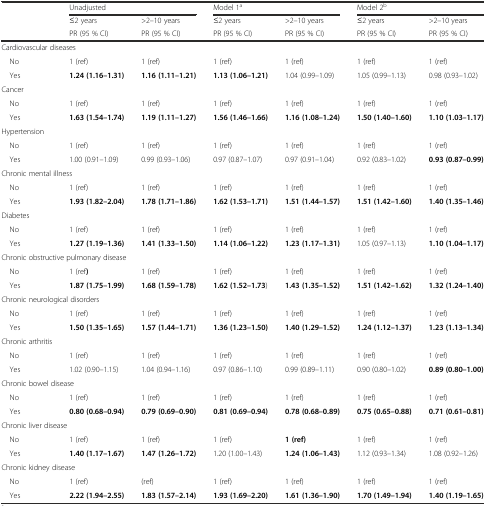
<table><thead><tr><td></td><td colspan="2"><b>Unadjusted</b></td><td colspan="2"><b>Model 1<sup>a</sup></b></td><td colspan="2"><b>Model 2<sup>b</sup></b></td></tr><tr><td></td><td><b>≤2 years</b></td><td><b>&gt;2–10 years</b></td><td><b>≤2 years</b></td><td><b>&gt;2–10 years</b></td><td><b>≤2 years</b></td><td><b>&gt;2–10 years</b></td></tr><tr><td></td><td><b>PR (95 % CI)</b></td><td><b>PR (95 % CI)</b></td><td><b>PR (95 % CI)</b></td><td><b>PR (95 % CI)</b></td><td><b>PR (95 % CI)</b></td><td><b>PR (95 % CI)</b></td></tr></thead><tbody><tr><td colspan="2">Cardiovascular diseases</td><td></td><td></td><td></td><td></td><td></td></tr><tr><td> No</td><td>1 (ref)</td><td>1 (ref)</td><td>1 (ref)</td><td>1 (ref)</td><td>1 (ref)</td><td>1 (ref)</td></tr><tr><td> Yes</td><td><b>1.24 (1.16–1.31)</b></td><td><b>1.16 (1.11–1.21)</b></td><td><b>1.13 (1.06–1.21)</b></td><td>1.04 (0.99–1.09)</td><td>1.05 (0.99–1.13)</td><td>0.98 (0.93–1.02)</td></tr><tr><td colspan="2">Cancer</td><td></td><td></td><td></td><td></td><td></td></tr><tr><td> No</td><td>1 (ref)</td><td>1 (ref)</td><td>1 (ref)</td><td>1 (ref)</td><td>1 (ref)</td><td>1 (ref)</td></tr><tr><td> Yes</td><td><b>1.63 (1.54–1.74)</b></td><td><b>1.19 (1.11–1.27)</b></td><td><b>1.56 (1.46–1.66)</b></td><td><b>1.16 (1.08–1.24)</b></td><td><b>1.50 (1.40–1.60)</b></td><td><b>1.10 (1.03–1.17)</b></td></tr><tr><td colspan="2">Hypertension</td><td></td><td></td><td></td><td></td><td></td></tr><tr><td> No</td><td>1 (ref)</td><td>1 (ref)</td><td>1 (ref)</td><td>1 (ref)</td><td>1 (ref)</td><td>1 (ref)</td></tr><tr><td> Yes</td><td>1.00 (0.91–1.09)</td><td>0.99 (0.93–1.06)</td><td>0.97 (0.87–1.07)</td><td>0.97 (0.91–1.04)</td><td>0.92 (0.83–1.02)</td><td><b>0.93 (0.87–0.99)</b></td></tr><tr><td colspan="2">Chronic mental illness</td><td></td><td></td><td></td><td></td><td></td></tr><tr><td> No</td><td>1 (ref)</td><td>1 (ref)</td><td>1 (ref)</td><td>1 (ref)</td><td>1 (ref)</td><td>1 (ref)</td></tr><tr><td> Yes</td><td><b>1.93 (1.82–2.04)</b></td><td><b>1.78 (1.71–1.86)</b></td><td><b>1.62 (1.53–1.71)</b></td><td><b>1.51 (1.44–1.57)</b></td><td><b>1.51 (1.42–1.60)</b></td><td><b>1.40 (1.35–1.46)</b></td></tr><tr><td colspan="2">Diabetes</td><td></td><td></td><td></td><td></td><td></td></tr><tr><td> No</td><td>1 (ref)</td><td>1 (ref)</td><td>1 (ref)</td><td>1 (ref)</td><td>1 (ref)</td><td>1 (ref)</td></tr><tr><td> Yes</td><td><b>1.27 (1.19–1.36)</b></td><td><b>1.41 (1.33–1.50)</b></td><td><b>1.14 (1.06–1.22)</b></td><td><b>1.23 (1.17–1.31)</b></td><td>1.05 (0.97–1.13)</td><td><b>1.10 (1.04–1.17)</b></td></tr><tr><td colspan="3">Chronic obstructive pulmonary disease</td><td></td><td></td><td></td><td></td></tr><tr><td> No</td><td>1 (ref<b>)</b></td><td>1 (ref)</td><td>1 (ref)</td><td>1 (ref)</td><td>1 (ref)</td><td>1 (ref)</td></tr><tr><td> Yes</td><td><b>1.87 (1.75–1.99)</b></td><td><b>1.68 (1.59–1.78)</b></td><td><b>1.62 (1.52–1.73</b>)</td><td><b>1.43 (1.35–1.52)</b></td><td><b>1.51 (1.42–1.62)</b></td><td><b>1.32 (1.24–1.40)</b></td></tr><tr><td colspan="3">Chronic neurological disorders</td><td></td><td></td><td></td><td></td></tr><tr><td> No</td><td>1 (ref)</td><td>1 (ref)</td><td>1 (ref)</td><td>1 (ref)</td><td>1 (ref)</td><td>1 (ref)</td></tr><tr><td> Yes</td><td><b>1.50 (1.35–1.65)</b></td><td><b>1.57 (1.44–1.71)</b></td><td><b>1.36 (1.23–1.50)</b></td><td><b>1.40 (1.29–1.52)</b></td><td><b>1.24 (1.12–1.37)</b></td><td><b>1.23 (1.13–1.34)</b></td></tr><tr><td>Chronic arthritis</td><td></td><td></td><td></td><td></td><td></td><td></td></tr><tr><td> No</td><td>1 (ref)</td><td>1 (ref)</td><td>1 (ref)</td><td>1 (ref)</td><td>1 (ref)</td><td>1 (ref)</td></tr><tr><td> Yes</td><td>1.02 (0.90–1.15)</td><td>1.04 (0.94–1.16)</td><td>0.97 (0.86–1.10)</td><td>0.99 (0.89–1.11)</td><td>0.90 (0.80–1.02)</td><td><b>0.89 (0.80–1.00)</b></td></tr><tr><td colspan="3">Chronic bowel disease</td><td></td><td></td><td></td><td></td></tr><tr><td> No</td><td>1 (ref)</td><td>1 (ref)</td><td>1 (ref)</td><td>1 (ref)</td><td>1 (ref)</td><td>1 (ref)</td></tr><tr><td> Yes</td><td><b>0.80 (0.68–0.94)</b></td><td><b>0.79 (0.69–0.90)</b></td><td><b>0.81 (0.69–0.94)</b></td><td><b>0.78 (0.68–0.89)</b></td><td><b>0.75 (0.65–0.88)</b></td><td><b>0.71 (0.61–0.81)</b></td></tr><tr><td colspan="2">Chronic liver disease</td><td></td><td></td><td></td><td></td><td></td></tr><tr><td> No</td><td>1 (ref)</td><td>1 (ref)</td><td>1 (ref)</td><td><b>1 (ref)</b></td><td>1 (ref)</td><td>1 (ref)</td></tr><tr><td> Yes</td><td><b>1.40 (1.17–1.67)</b></td><td><b>1.47 (1.26–1.72)</b></td><td>1.20 (1.00–1.43)</td><td><b>1.24 (1.06–1.43)</b></td><td>1.12 (0.93–1.34)</td><td>1.08 (0.92–1.26)</td></tr><tr><td colspan="3">Chronic kidney disease</td><td></td><td></td><td></td><td></td></tr><tr><td> No</td><td>1 (ref)</td><td>(ref)</td><td>1 (ref)</td><td>1 (ref)</td><td>1 (ref)</td><td>1 (ref)</td></tr><tr><td> Yes</td><td><b>2.22 (1.94–2.55)</b></td><td><b>1.83 (1.57–2.14)</b></td><td><b>1.93 (1.69–2.20)</b></td><td><b>1.61 (1.36–1.90)</b></td><td><b>1.70 (1.49–1.94)</b></td><td><b>1.40 (1.19–1.65)</b></td></tr></tbody></table>